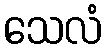
သေလံ